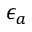
\epsilon _ { a }